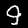
Digit: 9